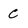
Character: c